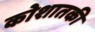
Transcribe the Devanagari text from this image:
कोशातकी